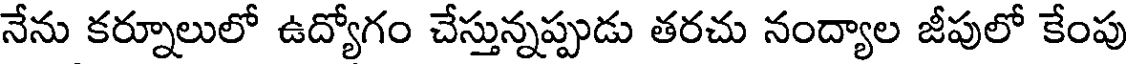
నేను కర్నూలులో ఉద్యోగం చేస్తున్నప్పుడు తరచు నంద్యాల జీపులో కేంపు